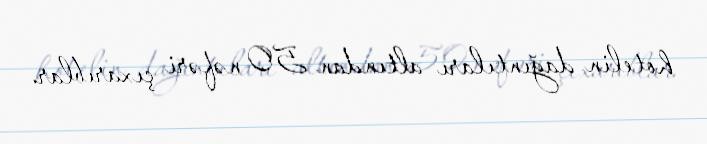
hotelin dağıntıları altından 50 nəfəri çıxarıblar.